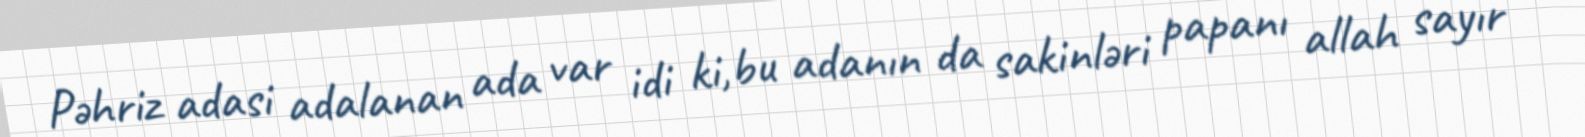
Pəhriz adasi adalanan ada var idi ki,bu adanın da sakinləri papanı allah sayır